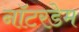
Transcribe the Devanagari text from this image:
नॉटरडेम